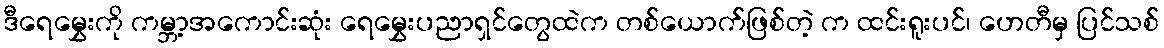
ဒီရေမွှေးကို ကမ္ဘာ့အကောင်းဆုံး ရေမွှေးပညာရှင်တွေထဲက တစ်ယောက်ဖြစ်တဲ့ က ထင်းရူးပင်၊ ဟေတီမှ ပြင်သစ်